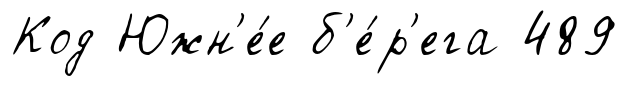
Код Южн'е́е б'е́р'ега 489